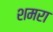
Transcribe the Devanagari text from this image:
शमरा